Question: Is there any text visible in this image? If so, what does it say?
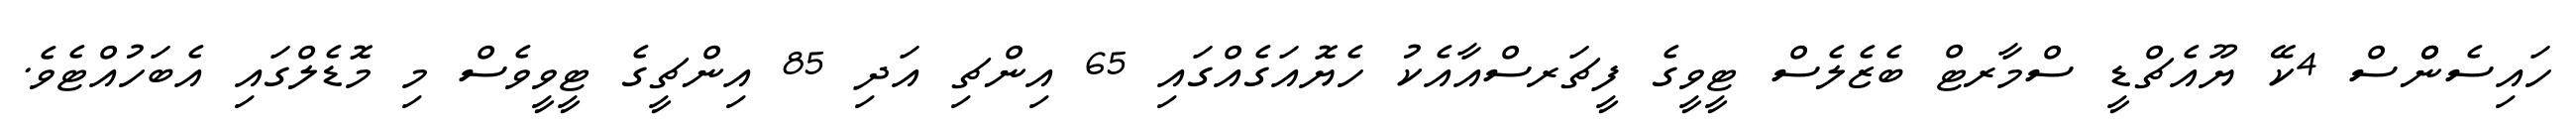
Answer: ހައިސެންްސް 4ކޭ ޔޫއެޗްޑީ ސްމާރޓް ބެޒެލެސް ޓީވީގެ ފީޗަރސްއާއެކު ހެޔޮއަގެއްގައި 65 އިންޗި އަދި 85 އިންޗީގެ ޓީވީވެސް މި މޮޑެލްގައި އެބަހުއްޓެވެ.